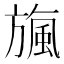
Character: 𣄖